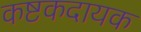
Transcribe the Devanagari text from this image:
कष्टकदायक